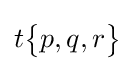
t{\begin{Bmatrix}p,q,r\end{Bmatrix}}